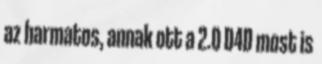
az harmatos, annak ott a 2.0 D4D most is